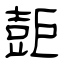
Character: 壾